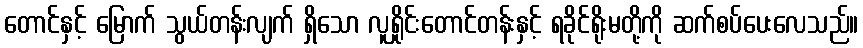
တောင်နှင့် မြောက် သွယ်တန်းလျက် ရှိသော လူရှိုင်းတောင်တန်းနှင့် ရခိုင်ရိုးမတို့ကို ဆက်စပ်ပေးလေသည်။